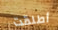
أطلقت